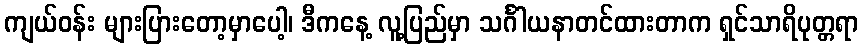
ကျယ်ဝန်း များပြားတော့မှာပေါ့၊ ဒီကနေ့ လူ့ပြည်မှာ သင်္ဂါယနာတင်ထားတာက ရှင်သာရိပုတ္တရာ